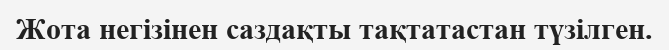
Жота негізінен саздақты тақтатастан түзілген.